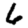
Digit: 6